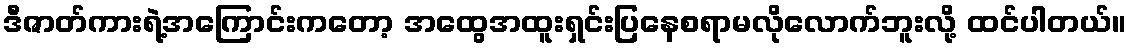
ဒီဇာတ်ကားရဲ့အကြောင်းကတော့ အထွေအထူးရှင်းပြနေစရာမလိုလောက်ဘူးလို့ ထင်ပါတယ်။